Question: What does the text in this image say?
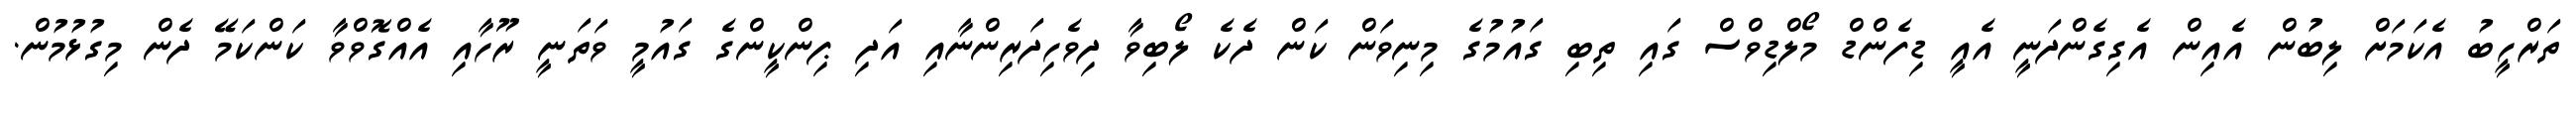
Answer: ތަރްހީބު އެކަމަށް ލިބުން އެއިން އެގިގެންދަނީ އެއީ ޑިފެންޑް މޯލްޑިވްސް ގައި ތިބި ގައުމުގެ މިނިވަން ކަން ދެކެ ލޯބިވާ ދިވެހިދަރިންނާއި އަދި ޕިންކީންގެ ގައުމީ ވަތަނީ ރޫހާއި އެއްގޮވްވާ ކަންކަމޭ ދެން މިގުޅުމުން.